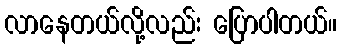
လာနေတယ်လို့လည်း ပြောပါတယ်။